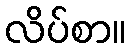
လိပ်စာ။